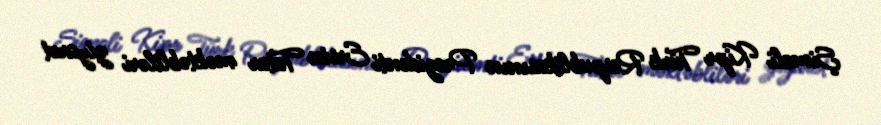
Şimali Kipr Türk Respublikasının Prezidenti Ersin Tatar məktəbliləri ziyarət